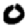
Digit: 0